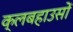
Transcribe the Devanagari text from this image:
क्लबहाउसों